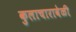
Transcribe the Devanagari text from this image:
कुलाचारावेळी